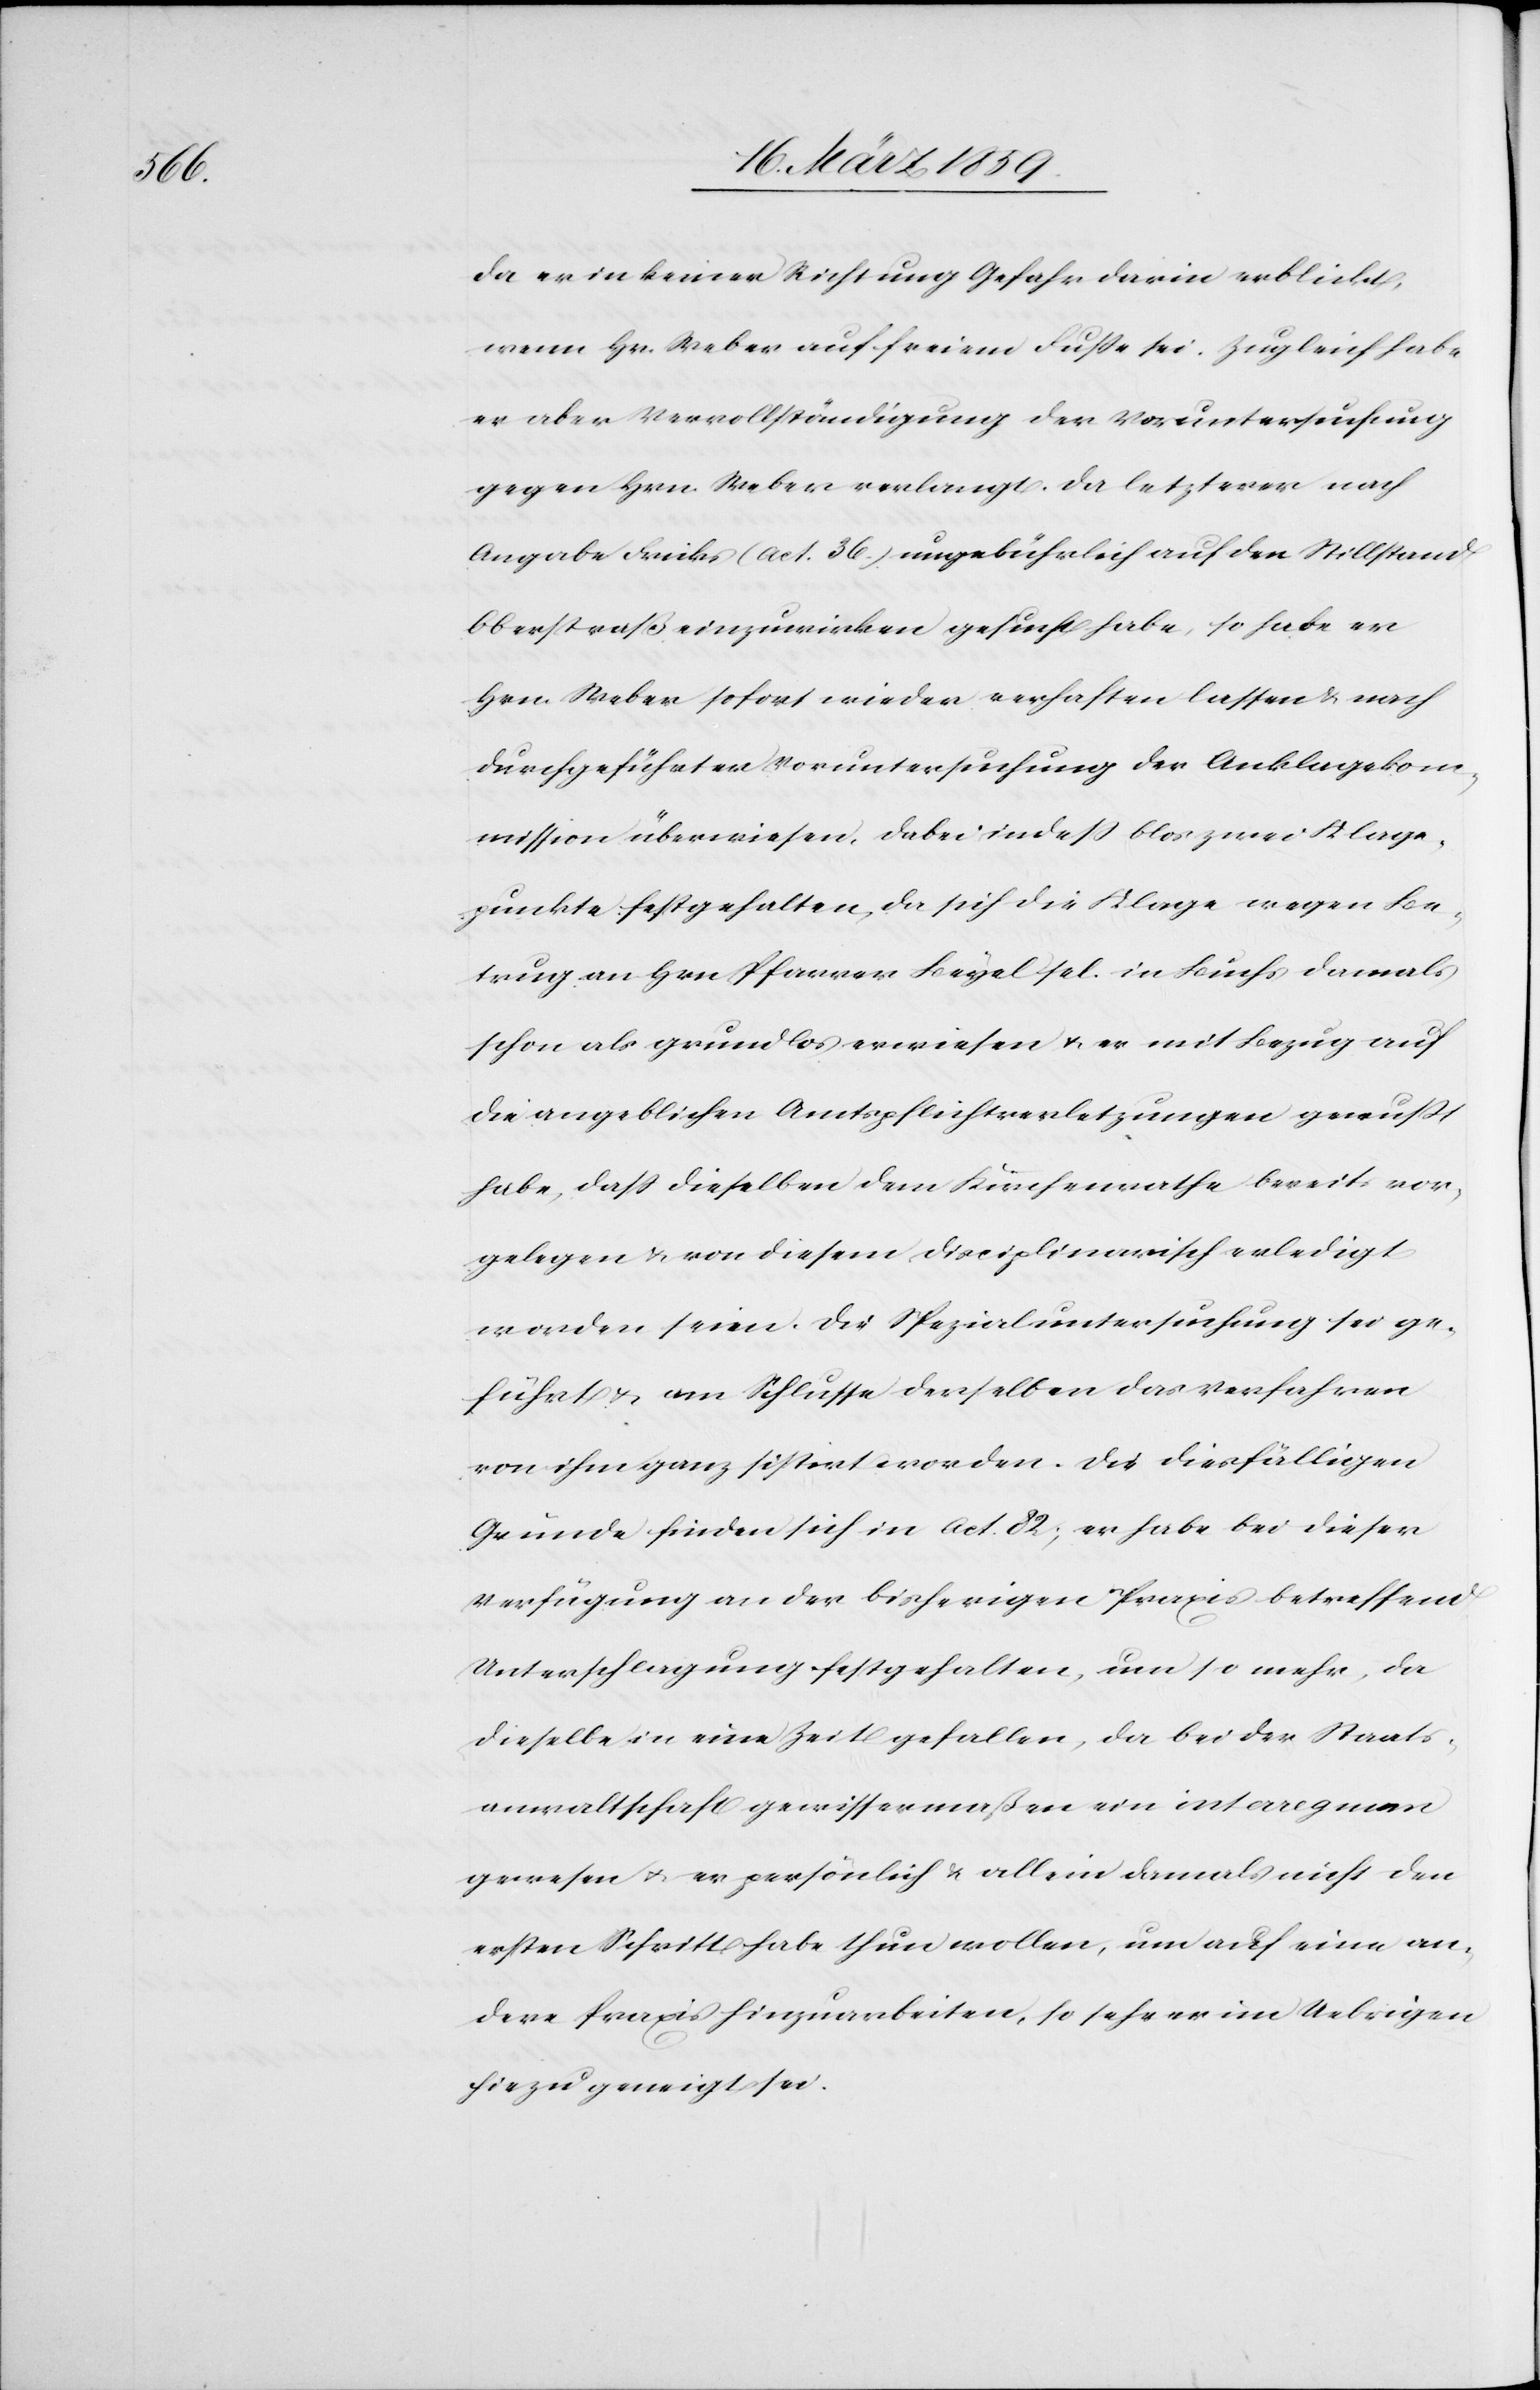
da er in keiner Richtung Gefahr darin erblickt,
wenn Hr. Weber auf freiem Fuße sei. Zugleich habe
er aber Vervollständigung der Voruntersuchung
gegen Hrn. Weber verlangt. Da letzterer nach
Angabe Fricks (act. 36.) ungebührlich auf den Stillstand
Oberstraß einzuwirken gesucht habe, so habe er
Hrn. Weber sofort wieder verhaften lassen & nach
durchgeführter Voruntersuchung der Anklagekom¬
mission überwiesen, dabei indeß blos zwei Klage¬
punkte festgehalten, da sich die Klage wegen Be¬
trug an Hrn Pfarrer Beyel sel. in Buchs damals
schon als grundlos erwiesen u. er mit Bezug auf
die angeblichen Amtspflichtverletzungen gewußt
habe, daß dieselben dem Kirchenrathe bereits vor¬
gelegen & von diesem disciplinarisch erledigt
worden seien. Die Spezialuntersuchung sei ge¬
führt u. am Schlusse derselben das Verfahren
von ihm ganz sistirt worden. Die diesfälligen
Gründen finden sich in Act. 82; er habe bei dieser
Verfügung an der bisherigen Praxis betreffend
Unterschlagung festgehalten, um so mehr, da
dieselbe in eine Zeit gefallen, da bei der Staats¬
anwaltschaft gewissermaßen ein interregnum
gewesen u. er persönlich u. allein damals nicht den
ersten Schritt habe thun wollen, um auf eine an¬
dere Praxis hinzuarbeiten, so sehr er im Uebrigen
hiezu geneigt sei.